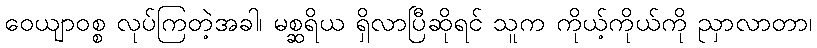
ဝေယျာဝစ္စ လုပ်ကြတဲ့အခါ၊ မစ္ဆရိယ ရှိလာပြီဆိုရင် သူက ကိုယ့်ကိုယ်ကို ညှာလာတာ၊